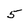
Character: 5